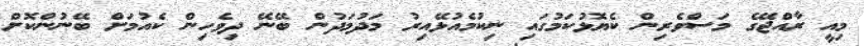
މިއީ ރާއްޖޭގެ މަސްވެރިން ކެޔޮޅުކަމުގައި ނިކުމެއުޅޭއިރު މަދުމަދުން ބޭނޭ ދިވެހިން ކެއުމަށް ބޭނުންކޮށް